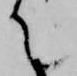
て